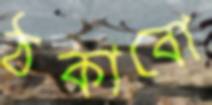
ঠকাবো